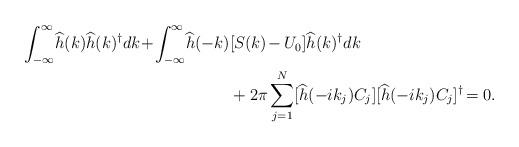
LaTeX: \begin{align*}\int_{-\infty}^\infty \!\widehat{h}(k)\widehat{h}(k)^\dag dk\!+\!\int_{-\infty}^\infty \!\widehat{ h}(-k)&[S(k)\!-U_0]\widehat{h}(k)^\dag dk\\&+2\pi\sum_{j=1}^N [\widehat{h}(-ik_j)C_j][\widehat{h}(-ik_j)C_j]^\dag\!=0.\end{align*}